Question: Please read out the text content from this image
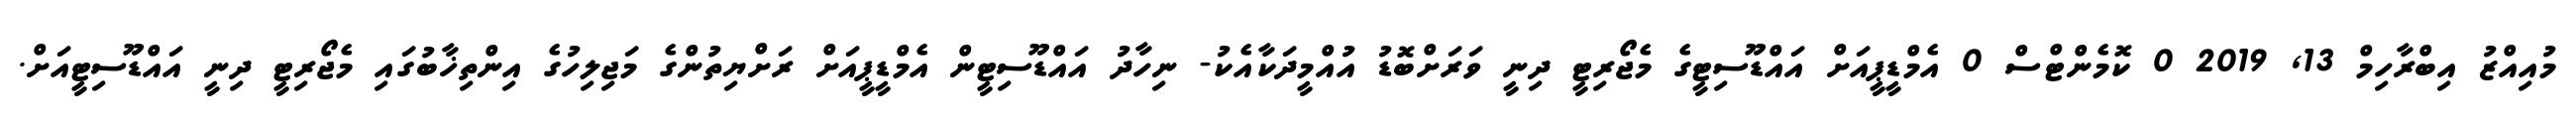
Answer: މުއިއްޒު އިބްރާހިމް 13, 2019 0 ކޮމެންޓްސް 0 އެމްޑީޕީއަށް އައްޑޫސިޓީގެ މެޖޯރިޓީ ދިނީ ވަރަށްބޮޑު އުއްމީދަކާއެކު- ނިހާދު އައްޑޫސިޓީން އެމްޑީޕީއަށް ރަށްޔިތުންގެ މަޖިލިހުގެ އިންތިޚާބުގައި މެޖޯރިޓީ ދިނީ އައްޑޫސިޓީއަށް.